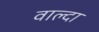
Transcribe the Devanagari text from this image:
वाल्दा